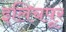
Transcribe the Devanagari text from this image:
इलिचपूर